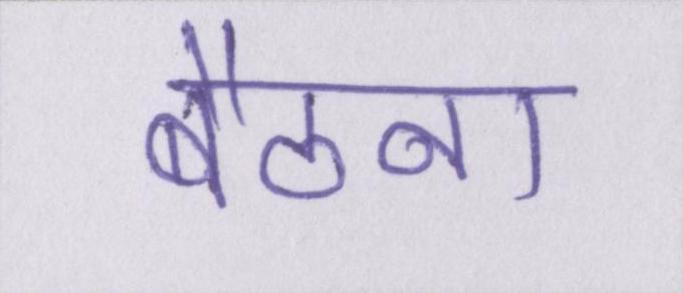
बैठना